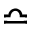
\bumpeq